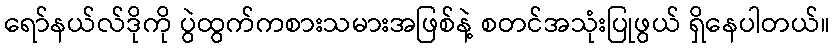
ရော်နယ်လ်ဒိုကို ပွဲထွက်ကစားသမားအဖြစ်နဲ့ စတင်အသုံးပြုဖွယ် ရှိနေပါတယ်။